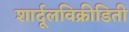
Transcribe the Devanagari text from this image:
शार्दूलविक्रीडिती